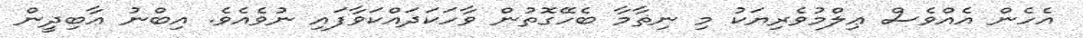
އެހެން އެއްވެސް ޢިލްމުވެރިޔަކު މި ނިޡާމާ ބެހޭގޮތުން ވާހަކަދައްކަވާފައި ނުވެއެވެ. އިބްނު ޢާބިދީން